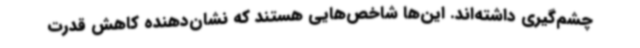
چشم‌گیری داشته‌اند. این‌ها شاخص‌هایی هستند که نشان‌دهنده کاهش قدرت